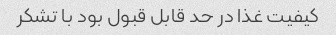
کیفیت غذا در حد قابل قبول بود با تشکر